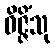
ဝိဇ္ဇိံသု